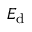
E _ { \mathrm { d } }